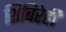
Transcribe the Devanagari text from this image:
शिबिरेही